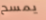
يمسح